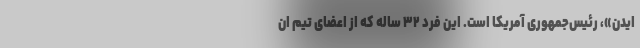
ایدن»، رئیس‌جمهوری آمریکا است. این فرد ۳۲ ساله که از اعضای تیم ان